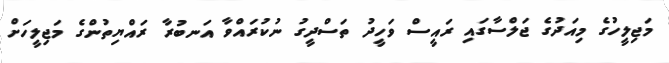
މަޖިލީހުގެ މިއަދުގެ ޖަލްސާގައި ރައީސް ވަހީދު ތަސްދީގު ނުކުރައްވާ އަނބުރާ ރައްޔިތުންގެ މަޖިލީހަށް